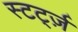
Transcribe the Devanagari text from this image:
स्टर्ट्ज़